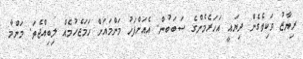
ރިޔާޒު ވަކިވެގެން ދިޔައީ އަހަރެމެންގެ ސަބަބުން. އެއަށްފަހު މަންމައަށް ހަމަޖެހުމެއް ލިބިއްޖެތަ. މަންމާ